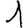
Digit: 1